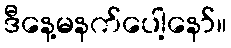
ဒီနေ့မနက်ပေါ့နော်။